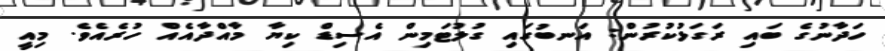
ހަދާނުގެ ބައި ރަގަޅުކުރުން: އަނބުގައި ގުލުޓަމިން އެސިޑް ކިޔާ މާއްދާއެއް ހުރެއެވެ. މިއީ